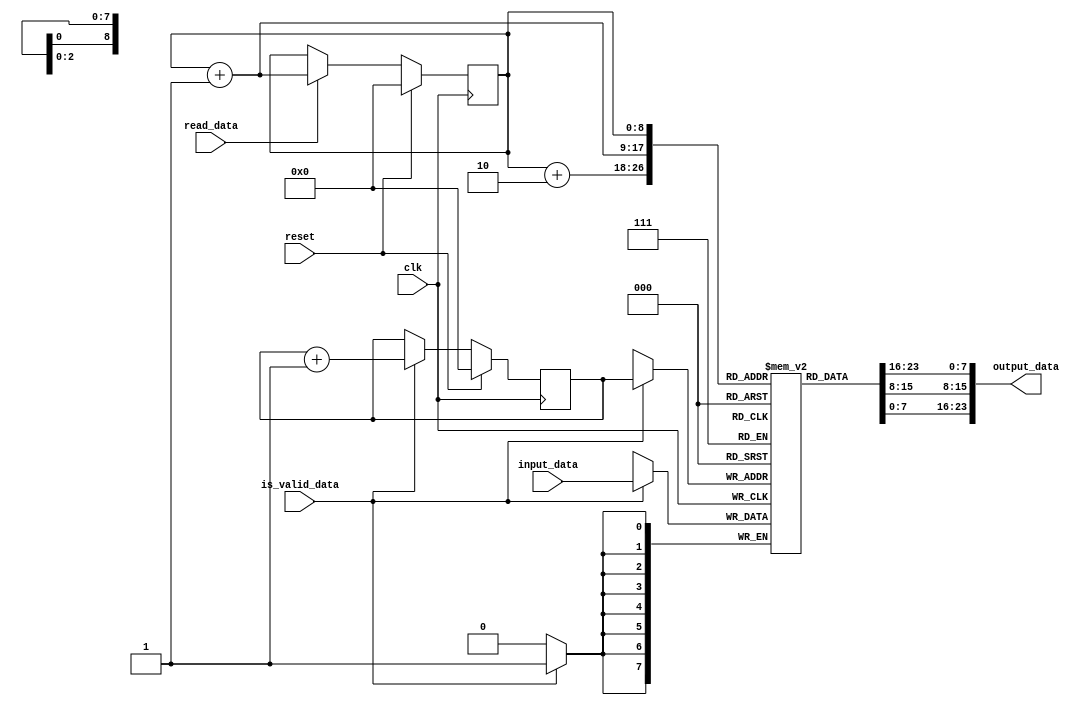
`timescale 1ns / 1ps
//////////////////////////////////////////////////////////////////////////////////
// Company: 
// Engineer: 
// 
// Design Name: 
// Module Name: LineBuffer
// Project Name: 
// Target Devices: 
// Tool Versions: 
// Description: 
// 
// Dependencies: 
// 
// Revision:
// Revision 0.01 - File Created
// Additional Comments:
// 
//////////////////////////////////////////////////////////////////////////////////

// line buffer module, similar to RAM model
module LineBuffer 
               //parameterizing the variable order for different filter dimensions
               (input clk, 
               input reset, // active high reset
               input [7:0] input_data, // each pixel is 1 byte
               input is_valid_data, // valid signals for writing
               input read_data, //valid signals for reading
               output [23:0] output_data);  // 24 bits in one shot, can be implemented through 2-D memory technique
                
reg [7:0] mem [511:0]; //line buffer, width equal to 1 byte and depth of 512 as image is a standard gray scale image of 512x512 bytes
reg [8:0]wraddr; // address pointer, where data has to be written (log2(D)) where D is depth of the memory
reg [8:0] rdaddr; // read pointer, from where data has to be read

always@(posedge clk) begin
if(is_valid_data)
mem[wraddr]<=input_data;
end
// if valid signal is high then data will be written to the buffer

always@(posedge clk) begin
if(reset)
wraddr=0;
else if(is_valid_data) 
wraddr=wraddr+1;
end
// write pointer will be incremented for next content to be written

assign output_data={mem[rdaddr],mem[rdaddr+1],mem[rdaddr+2]};  

// no latency
always@(posedge clk)begin
if(reset) 
rdaddr=0;
else if(read_data) 
rdaddr=rdaddr+1;
end
// after 24 bits are written to the memory, read pointer will be incremented by one as striding 
// of kernel is equal to one for our design

endmodule